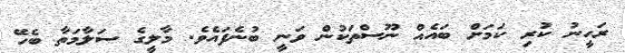
ރަހީނު ކުރި ކަމަށް ބައެއް ނޫސްތަކުން ވަނީ ބުނެފައެވެ. މާލީގެ ސަލާމަތާ ބެހޭ